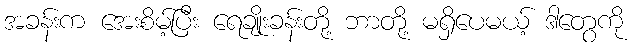
အခန်းက အေးစိမ့်ပြီး ရေချိုးခန်းတို့ ဘာတို့ မရှိပေမယ့် ဒါတွေကို